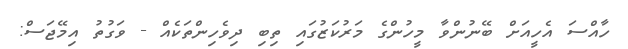
ހާއްސަ އެހީއަށް ބޭނުންވާ މީހުންގެ މަރުކަޒުގައި ތިބި ދިވެހިންތަކެއް - ވަގުތު އިމޭޖަސް: